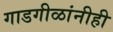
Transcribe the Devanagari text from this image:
गाडगीळांनीही